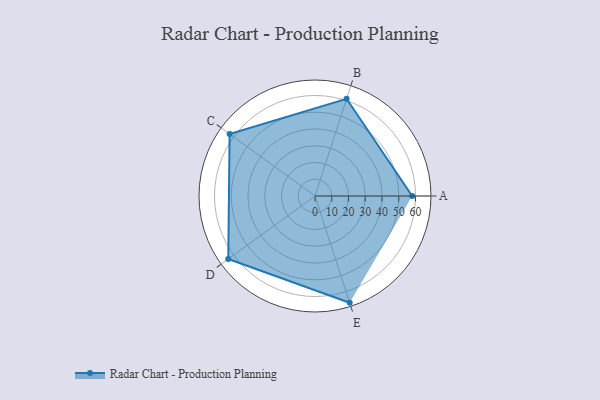
{"axis": {"x": "Skill", "y": "Score"}, "legend": ["Profile"], "data": [{"x": "A", "y": 58.0, "type": "Profile"}, {"x": "B", "y": 61.0, "type": "Profile"}, {"x": "C", "y": 63.0, "type": "Profile"}, {"x": "D", "y": 64.0, "type": "Profile"}, {"x": "E", "y": 67.0, "type": "Profile"}]}